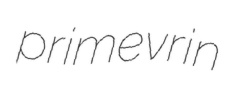
primevrin